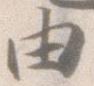
由